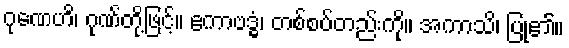
ဂုဏေဟိ၊ ဂုဏ်တို့ဖြင့်။ ဧကာဗဒ္ဓံ၊ တစ်စပ်တည်းကို။ အကာသိ၊ ပြု၏။